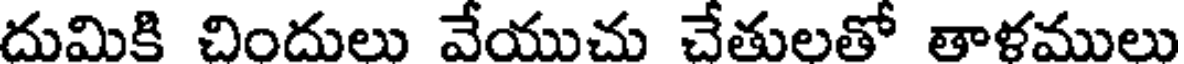
దుమికి చిందులు వేయుచు చేతులతో తాళములు